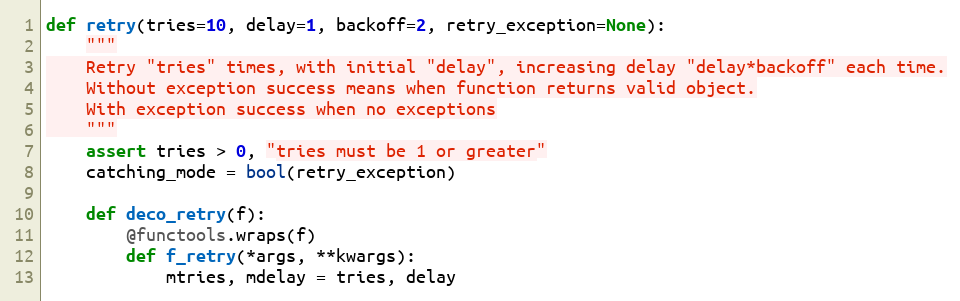
Language: Python
def retry(tries=10, delay=1, backoff=2, retry_exception=None):
    """
    Retry "tries" times, with initial "delay", increasing delay "delay*backoff" each time.
    Without exception success means when function returns valid object.
    With exception success when no exceptions
    """
    assert tries > 0, "tries must be 1 or greater"
    catching_mode = bool(retry_exception)

    def deco_retry(f):
        @functools.wraps(f)
        def f_retry(*args, **kwargs):
            mtries, mdelay = tries, delay